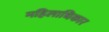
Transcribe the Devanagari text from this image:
महिलाधिकार